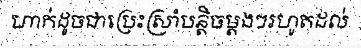
ហាក់ដូចជាប្រេះស្រាំបន្តិចម្តងៗរហូតដល់